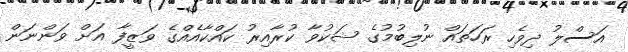
އަސްލު ދިވެހި ރަހަތައް ނުލިބުމުގެ ޝަކުވާ ކުރާއިރު ކައްކާއެއްގެ ވަޒީފާ އަށް ވަންނަން